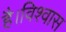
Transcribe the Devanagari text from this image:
है।विश्वास